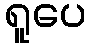
ရူပေ